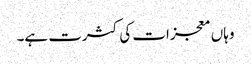
وہاں معجزات کی کثرت ہے۔